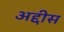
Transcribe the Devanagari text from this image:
अद्दीस